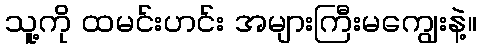
သူ့ကို ထမင်းဟင်း အများကြီးမကျွေးနဲ့။